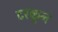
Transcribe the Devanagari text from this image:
टरकून